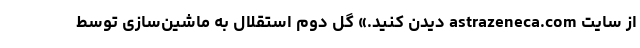
از سایت astrazeneca.com دیدن کنید.» گل دوم استقلال به ماشین‌سازی توسط